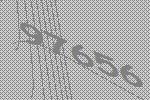
97656